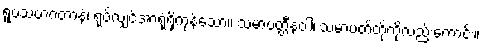
ရူပသဟဂတာနံ၊ ရုပ်လျှင်အာရုံရှိကုန်သော။ သမာပတ္တီနံဝါ၊ သမာပတ်တိုကိုလည်းကောင်း။